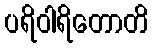
ပရိဝါရိတောတိ